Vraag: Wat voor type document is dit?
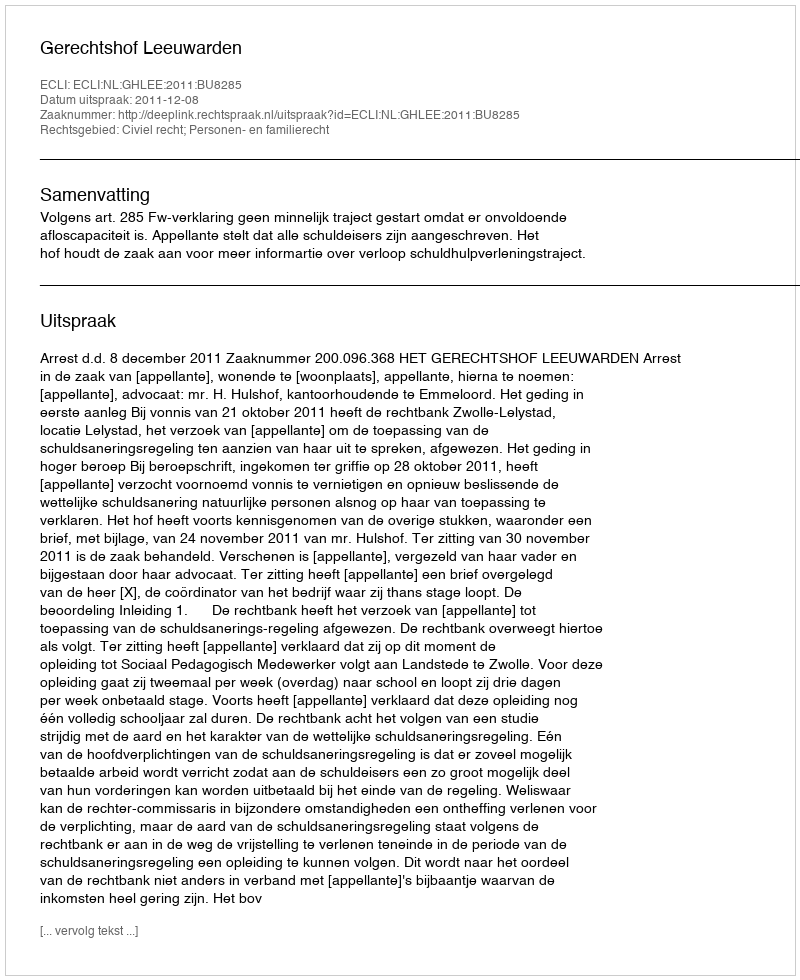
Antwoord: Uitspraak